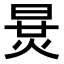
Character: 𣇪